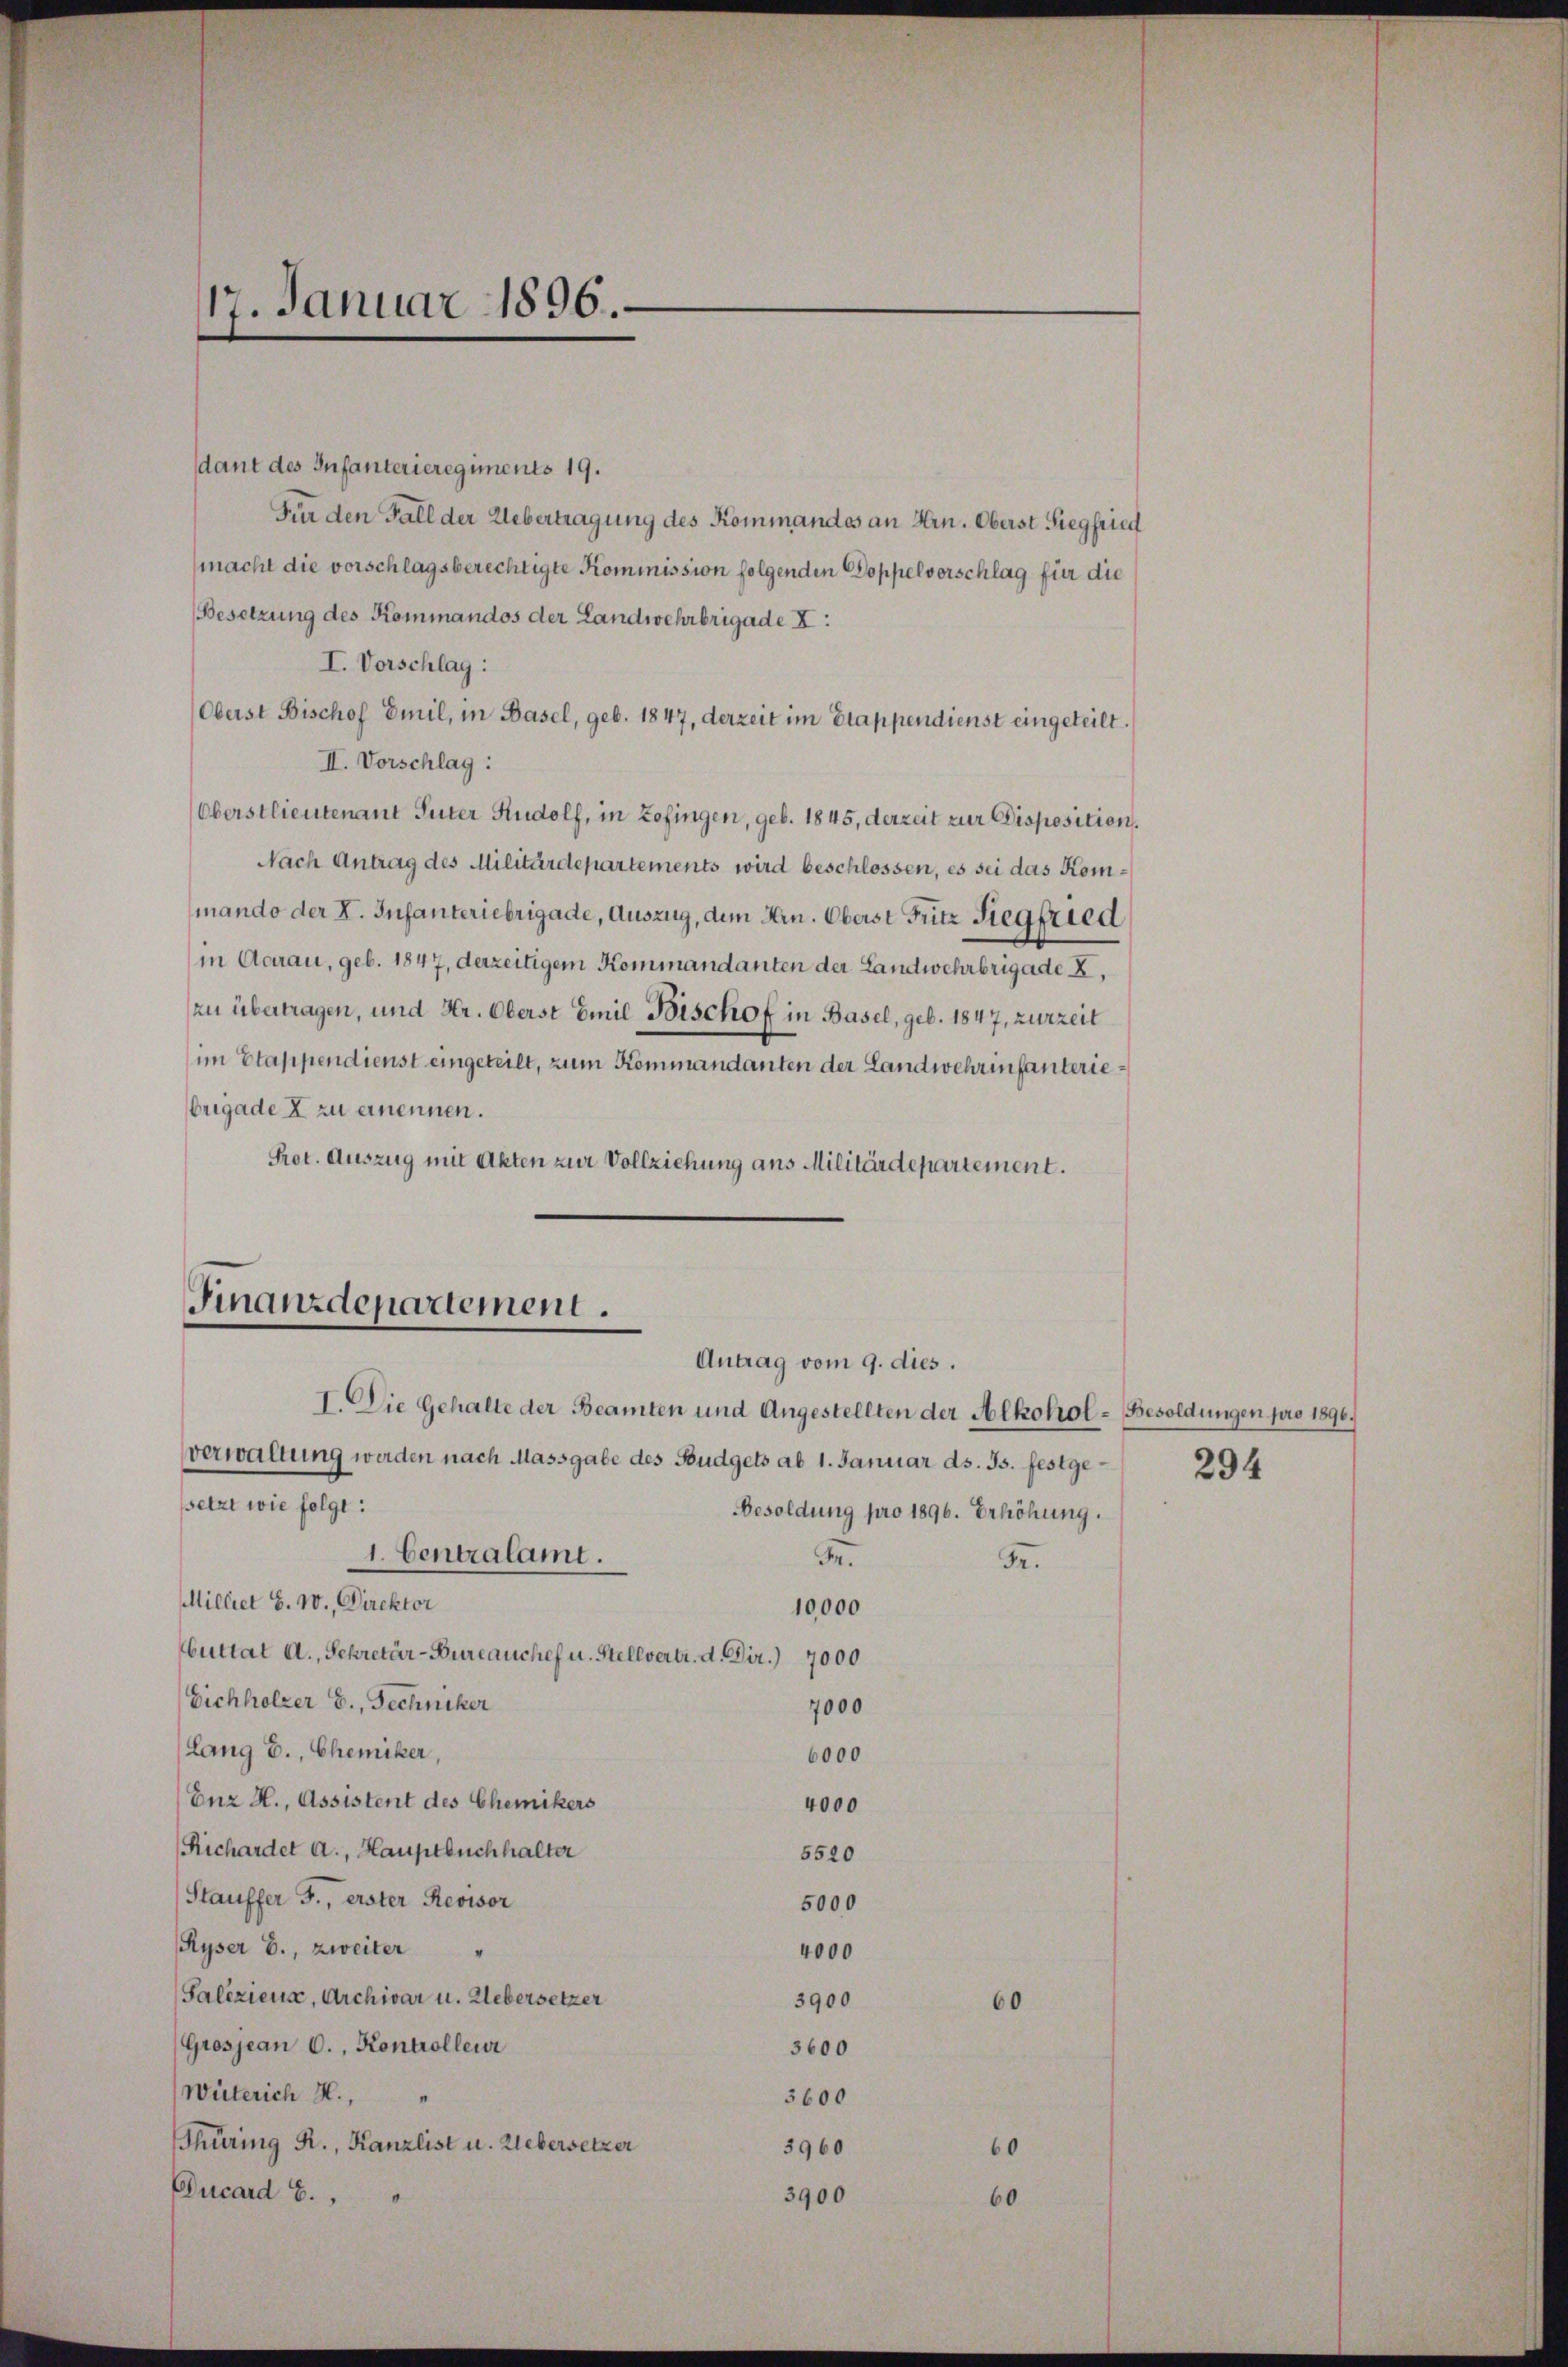
dant des Infanterieregiments 19.
Für den Fall der Uebertragung des Kommandos an Hrn. Oberst Siegfried
macht die vorschlagsberechtigte Kommission folgenden Doppelvorschlag für die
Besetzung des Kommandos der Landwehrbrigade X:
I. Vorschlag:
Oberst Bischof Emil, in Basel, geb. 1847, derzeit im Etappendienst eingeteilt.
II. Vorschlag:
Oberstlieutenant Suter Rudolf, in Zofingen, geb. 1845, derzeit zur Disposition.
Nach Antrag des Militärdepartements wird beschlossen, es sei das Kommando der K. Infanteriebrigade, Auszug, dem Hrn. Oberst Fritz Siegfried
in Aarau, geb. 1847, derzeitigem Kommandanten der Landwehrbrigade L.
zu übertragen, und Hr. Oberst Emil Bischof in Basel, geb. 1847, zurzeit
im Etappendienst eingeteilt, zum Kommandanten der Landwehrinfanterie¬
Brigade X zu ernennen.
Prot. Auszug mit Akten zur Vollziehung aus Militärdepartement.

Finanzdepartement.
Antrag vom 9. dies.

I. Die Gehalte der Beamten und Angestellten der Alkohol-Besoldungen pro 1896.
verwaltung werden nach Massgabe des Budgets ab 1. Januar ds. Js. festgesetzt wie folge:
Besoldung pro 1896. Erhöhung.
1. Centralami.
Fr.
F.
Milliet S. 10. Direktor
10,000
Cuttat A., Sekretär-Bureauchef u. Stellvertr. d. Dir. 7000
Eichholzer E., Techniker
7000
Lang E., Chemiker,
6000
Euz H., Assistent des Chemikers
4000
Richardet a., Hauptbuchhalter
5520
Stauffer F., erster Revisor
5000
Ryser B., zweiter
4000
Saliziens, Archivar u. Uebersetzer
3900
60
(Grosjean C., Kontrolleur
3600
Wüterich H.,
3600
Thüring R., Kanzlist u. Uebersetzer
60
5960
Ducard 6.
3900
60

17. Januar 1896.

294